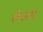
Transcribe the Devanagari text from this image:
लेअप